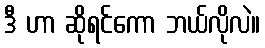
ဒီ ဟာ ဆိုရင်ကော ဘယ်လိုလဲ။